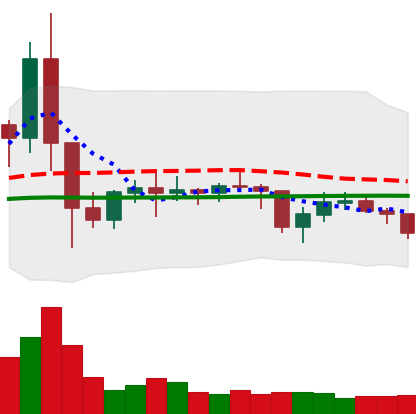
Ticker: EOS-USD
Chart end date: 2021-01-27
Forward return: 21.931%
Label: up_7plus